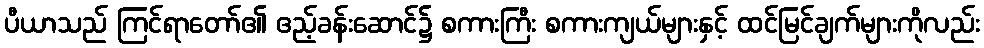
ပီယာသည် ကြင်ရာတော်၏ ဧည့်ခန်းဆောင်၌ စကားကြီး စကားကျယ်များနှင့် ထင်မြင်ချက်များကိုလည်း